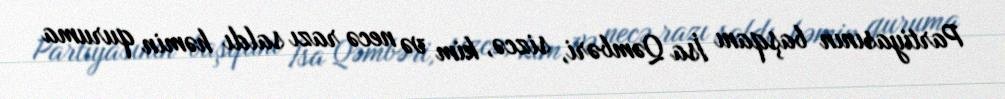
Partiyasının başqanı İsa Qəmbəri, sizcə, kim və necə razı saldı həmin quruma